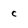
Character: c